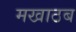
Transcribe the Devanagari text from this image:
मखाठब